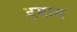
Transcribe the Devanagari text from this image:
डमास